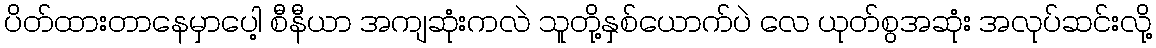
ပိတ်ထားတာနေမှာပေါ့ စီနီယာ အကျဆုံးကလဲ သူတို့နှစ်ယောက်ပဲ လေ ယုတ်စွအဆုံး အလုပ်ဆင်းလို့